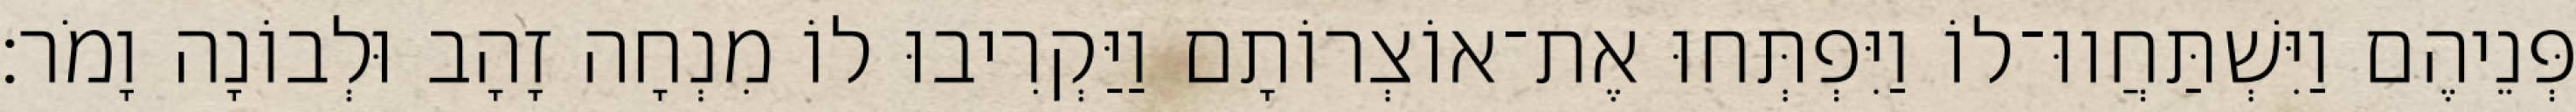
פְּנֵיהֶם וַיִּשְׁתַּחֲווּ־לוֹ וַיִּפְתְּחוּ אֶת־אוֹצְרוֹתָם וַיַּקְרִיבוּ לוֹ מִנְחָה זָהָב וּלְבוֹנָה וָמֹר׃